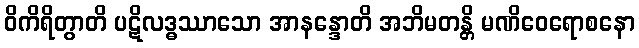
ဝိကိရိတွာတိ ပဋိလဒ္ဓဿာသော အာနန္ဒောတိ အဘိမတန္တိ မဏိဝေရောစနော